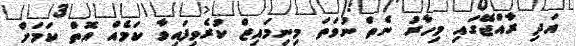
އަދި ރާއްޖޭގައި މިހާރު ނެތް ނުވަތަ މިނިމައިޒް ކުރެވިފައިވާ ކަމެއް އޮތް ކަމަށް